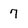
Character: 7